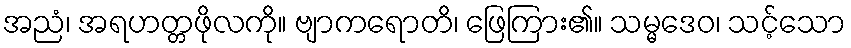
အညံ၊ အရဟတ္တဖိုလကို။ ဗျာကရောတိ၊ ဖြေကြား၏။ သမ္မဒေဝ၊ သင့်သော